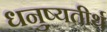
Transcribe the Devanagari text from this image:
धनुष्यतीर्थ